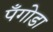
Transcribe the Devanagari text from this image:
पँगोडा